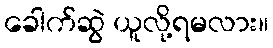
ခေါက်ဆွဲ ယူလို့ရမလား။